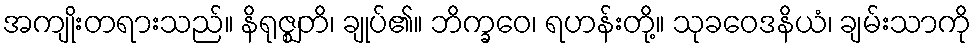
အကျိုးတရားသည်။ နိရုဇ္ဈတိ၊ ချုပ်၏။ ဘိက္ခဝေ၊ ရဟန်းတို့။ သုခဝေဒနိယံ၊ ချမ်းသာကို